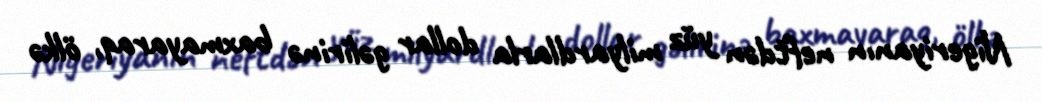
Nigeriyanın neftdən yüz milyardlarla dollar gəlirinə baxmayaraq, ölkə